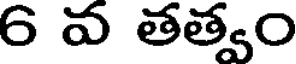
6 వ తత్వం